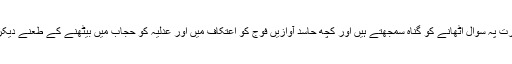
کچھ تھکے ہوئے حربی دانشور عسکری بصیرت پہ سوال اٹھانے کو گناہ سمجھتے ہیں اور کچھ حاسد آوازیں فوج کو اعتکاف میں اور عدلیہ کو حجاب میں بیٹھنے کے طعنے دیکر سیاسی معاملات میں مداخلت پر اکساتی ہیں ۔